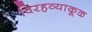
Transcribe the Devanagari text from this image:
विरहव्याकूळ